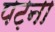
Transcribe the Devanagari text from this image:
पट़ना